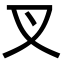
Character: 叉